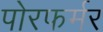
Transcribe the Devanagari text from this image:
पोरफर्मर